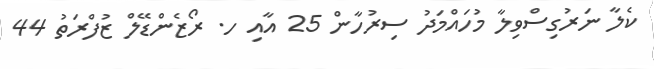
ކެލާ ނަރުގިސްވިލާ މުހައްމަދު ސިރުހާން 25 އާއި ހ. ރޯޒެންޑޭލް ޒުފްރަތު 44